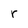
Character: r